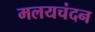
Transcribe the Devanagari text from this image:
मलयचंदन